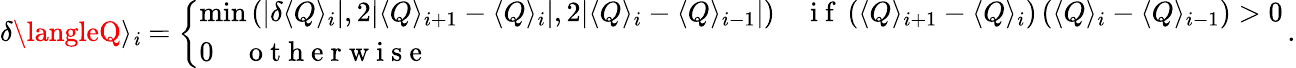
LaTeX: \delta\langleQ\rangle_{\mathit{i}}=\left\{ \begin{array}{ll}{\mathrm{min}\left(|\delta\langle Q\rangle_{i}|,2|\langle Q\rangle_{i+1}-\langle Q\rangle_{i}|,2|\langle Q\rangle_{i}-\langle Q\rangle_{i-1}|\right)\quad\mathrm{~i~f~}\left(\langle Q\rangle_{i+1}-\langle Q\rangle_{i}\right)\left(\langle Q\rangle_{i}-\langle Q\rangle_{i-1}\right)>0}\\ {0\quad\mathrm{~o~t~h~e~r~w~i~s~e~}}\end{array}\right.\, .